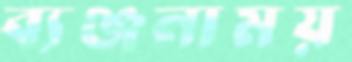
ব্যঞ্জনাময়